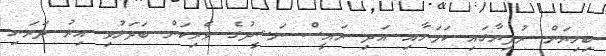
ބިލިޔަން ރުފިޔާގައި ކަމަށާއި އަދި ރައީސް ނަޝީދުގެ ވެރިކަން ބަދަލުވި އިރު ދަރަނި